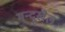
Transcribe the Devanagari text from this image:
मन्दूखैल